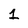
Character: 1